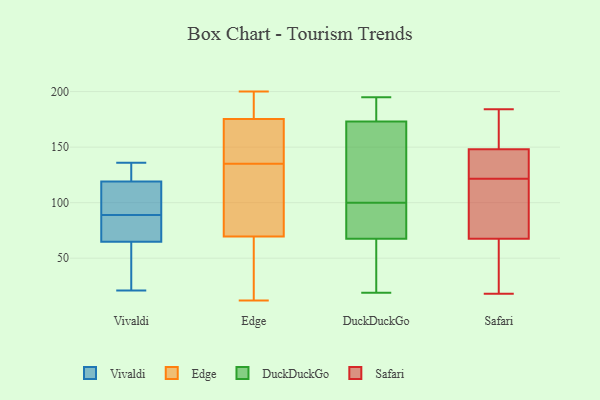
{"axis": {"x": "Conversion Rate (%)", "y": "Value"}, "legend": ["DuckDuckGo", "Edge", "Safari", "Vivaldi"], "data": [{"x": "", "y": 21, "type": "Vivaldi"}, {"x": "", "y": 119, "type": "Vivaldi"}, {"x": "", "y": 63, "type": "Vivaldi"}, {"x": "", "y": 82, "type": "Vivaldi"}, {"x": "", "y": 136, "type": "Vivaldi"}, {"x": "", "y": 119, "type": "Vivaldi"}, {"x": "", "y": 93, "type": "Vivaldi"}, {"x": "", "y": 63, "type": "Vivaldi"}, {"x": "", "y": 91, "type": "Vivaldi"}, {"x": "", "y": 54, "type": "Vivaldi"}, {"x": "", "y": 87, "type": "Vivaldi"}, {"x": "", "y": 89, "type": "Vivaldi"}, {"x": "", "y": 125, "type": "Vivaldi"}, {"x": "", "y": 136, "type": "Vivaldi"}, {"x": "", "y": 70, "type": "Vivaldi"}, {"x": "", "y": 12, "type": "Edge"}, {"x": "", "y": 118, "type": "Edge"}, {"x": "", "y": 174, "type": "Edge"}, {"x": "", "y": 13, "type": "Edge"}, {"x": "", "y": 187, "type": "Edge"}, {"x": "", "y": 135, "type": "Edge"}, {"x": "", "y": 62, "type": "Edge"}, {"x": "", "y": 200, "type": "Edge"}, {"x": "", "y": 86, "type": "Edge"}, {"x": "", "y": 72, "type": "Edge"}, {"x": "", "y": 61, "type": "Edge"}, {"x": "", "y": 106, "type": "Edge"}, {"x": "", "y": 164, "type": "Edge"}, {"x": "", "y": 171, "type": "Edge"}, {"x": "", "y": 179, "type": "Edge"}, {"x": "", "y": 199, "type": "Edge"}, {"x": "", "y": 148, "type": "Edge"}, {"x": "", "y": 178, "type": "DuckDuckGo"}, {"x": "", "y": 131, "type": "DuckDuckGo"}, {"x": "", "y": 83, "type": "DuckDuckGo"}, {"x": "", "y": 19, "type": "DuckDuckGo"}, {"x": "", "y": 78, "type": "DuckDuckGo"}, {"x": "", "y": 82, "type": "DuckDuckGo"}, {"x": "", "y": 47, "type": "DuckDuckGo"}, {"x": "", "y": 117, "type": "DuckDuckGo"}, {"x": "", "y": 168, "type": "DuckDuckGo"}, {"x": "", "y": 190, "type": "DuckDuckGo"}, {"x": "", "y": 71, "type": "DuckDuckGo"}, {"x": "", "y": 195, "type": "DuckDuckGo"}, {"x": "", "y": 184, "type": "DuckDuckGo"}, {"x": "", "y": 156, "type": "DuckDuckGo"}, {"x": "", "y": 40, "type": "DuckDuckGo"}, {"x": "", "y": 64, "type": "DuckDuckGo"}, {"x": "", "y": 57, "type": "Safari"}, {"x": "", "y": 126, "type": "Safari"}, {"x": "", "y": 173, "type": "Safari"}, {"x": "", "y": 115, "type": "Safari"}, {"x": "", "y": 128, "type": "Safari"}, {"x": "", "y": 109, "type": "Safari"}, {"x": "", "y": 117, "type": "Safari"}, {"x": "", "y": 149, "type": "Safari"}, {"x": "", "y": 129, "type": "Safari"}, {"x": "", "y": 69, "type": "Safari"}, {"x": "", "y": 20, "type": "Safari"}, {"x": "", "y": 54, "type": "Safari"}, {"x": "", "y": 149, "type": "Safari"}, {"x": "", "y": 147, "type": "Safari"}, {"x": "", "y": 80, "type": "Safari"}, {"x": "", "y": 18, "type": "Safari"}, {"x": "", "y": 184, "type": "Safari"}, {"x": "", "y": 162, "type": "Safari"}, {"x": "", "y": 130, "type": "Safari"}, {"x": "", "y": 66, "type": "Safari"}]}